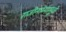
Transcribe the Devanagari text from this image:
राजीनाम्यामुळे